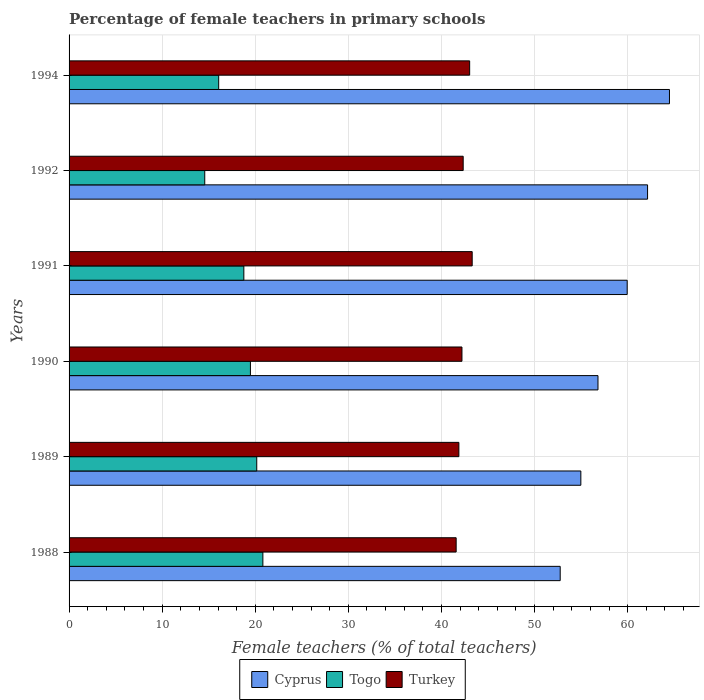
| Years | Cyprus | Togo | Turkey |
 | --- | --- | --- | --- |
 | 1988 | 52.8 | 20.8 | 41.6 |
 | 1989 | 55 | 20.2 | 41.9 |
 | 1990 | 56.8 | 19.5 | 42.2 |
 | 1991 | 60 | 18.8 | 43.3 |
 | 1992 | 62.1 | 14.6 | 42.3 |
 | 1994 | 64.5 | 16.1 | 43 |